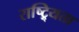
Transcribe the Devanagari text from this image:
राष्ट्र्यिता